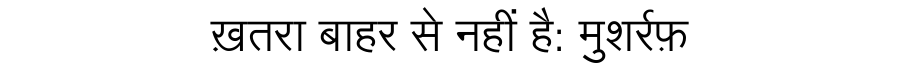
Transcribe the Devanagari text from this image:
ख़तरा बाहर से नहीं है: मुशर्रफ़